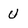
Character: U